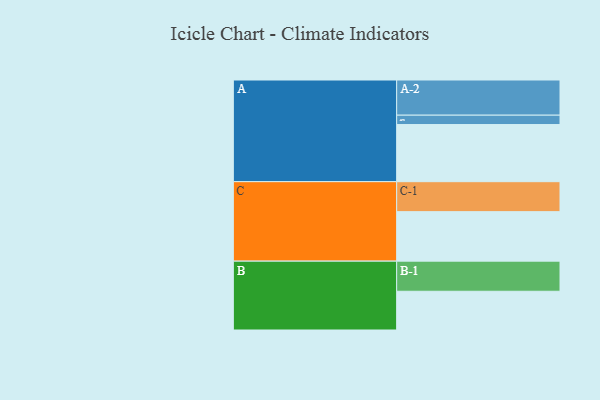
{"axis": {"x": "Segment", "y": "Value"}, "legend": ["", "A", "B", "C"], "data": [{"x": "A", "y": 463, "type": ""}, {"x": "B", "y": 314, "type": ""}, {"x": "C", "y": 401, "type": ""}, {"x": "A-1", "y": 76, "type": "A"}, {"x": "A-2", "y": 285, "type": "A"}, {"x": "B-1", "y": 244, "type": "B"}, {"x": "C-1", "y": 243, "type": "C"}]}